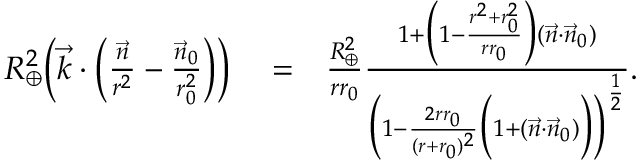
\begin{array} { r l r } { R _ { \oplus } ^ { 2 } \Big ( \vec { k } \cdot \Big ( \frac { \vec { n } } { r ^ { 2 } } - \frac { \vec { n } _ { 0 } } { r _ { 0 } ^ { 2 } } \Big ) \Big ) } & { { } = } & { \frac { R _ { \oplus } ^ { 2 } } { r r _ { 0 } } \frac { 1 + \Big ( 1 - \frac { r ^ { 2 } + r _ { 0 } ^ { 2 } } { r r _ { 0 } } \Big ) ( \vec { n } \cdot \vec { n } _ { 0 } ) } { \Big ( 1 - \frac { 2 r r _ { 0 } } { ( r + r _ { 0 } ) ^ { 2 } } \Big ( 1 + ( \vec { n } \cdot \vec { n } _ { 0 } ) \Big ) \Big ) ^ { \frac { 1 } { 2 } } } . } \end{array}